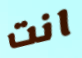
انت